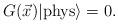
LaTeX: \begin{align*}G(\vec{x}) |{\rm{phys}}\rangle = 0 .\end{align*}